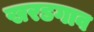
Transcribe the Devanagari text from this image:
खरडगाव